Vaccination in Burma 1889-1999 - 1889-1999
Year: 1889
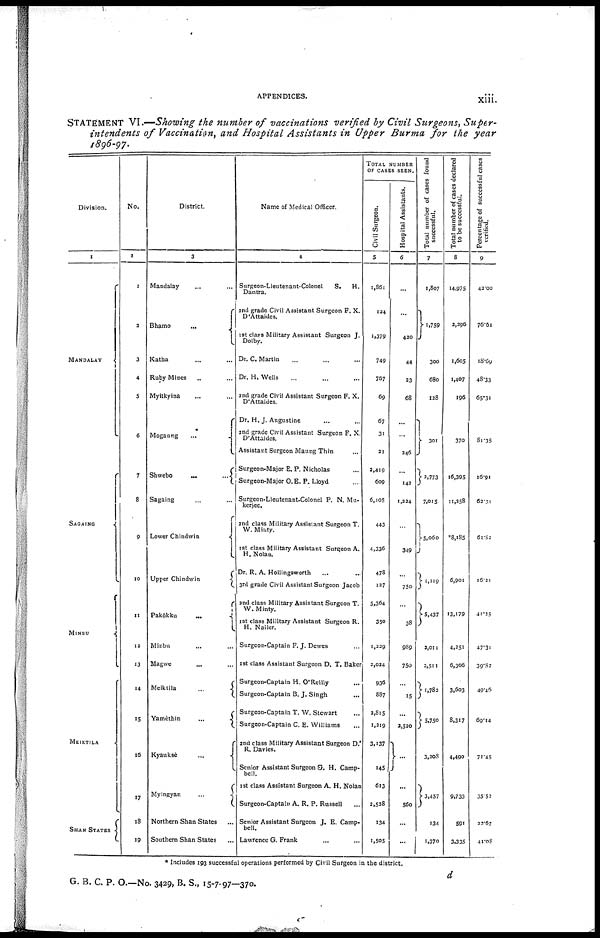
APPENDICES.
xiii.
STATEMENT VI.—Showing the number of vaccinations verified by Civil Surgeons, Super-
intendents of Vaccination, and Hospital Assistants in Upper Burma for the year
1896-97.
Division.
1
MANDALAY
SAGAINO
MIMBU
MEIKTILA
SHAN STATES
No.
2
1
3
3
4
5
6
7
8
9
10
11
12
13
14
15
16
17
18
19
District.
3
Mandalay ...
Bhamo
...
Katha ... ...
Ruby Mines ... ...
Myitkyina ... ...
Mogaung ...
Shwebo
...
...
Sagaing ... ...
Lower Chindwin
Upper Chindwin
Pakôkku
...
Minbu ... ...
Magwe ... ...
Meiktila
...
Yamèthin
...
Kyauksè
...
Myingyan
...
Northern Shan States ...
Southern Shan States ...
Name of Medical Officer.
4
Surgeon-Lieutenant-Colonel
S.
H.
Dantra.
and grade Civil Assistant Surgeon F. X.
D'Attaides.
1st class Military Assistant Surgeon J.
Dolby.
Dr. C. Martin ... ... ...
Dr. H.Wells
... ... ...
and grade Civil Assistant Surgeon F. X.
D'Attaides.
Dr. H.J. Augustine ... ...
and grade Civil Assistant Surgeon F. X.
D'Attaides.
Assistant Surgeon Maung Thin ...
Surgeon-Major E. P. Nicholas ...
Surgeon-Major O. E. P. Lloyd ...
Surgeon-Lieutenant-Colonel P. N. Mu-
kerjee.
and class Military Assistant Surgeon T.
W. Minty.
1st class Military Assistant Surgeon A.
H. Nolan.
Dr. R. A. Hollingsworth ... ...
3rd grade Civil Assistant Surgeon Jacob
and class Military Assistant Surgeon T.
W. Minty.
1st class Military Assistant Surgeon R.
H. Nailer.
Surgeon-Captain F. J. Dewes
1st class Assistant Surgeon D. T. Baker
Surgeon-Captain H. O'Reilly ...
Surgeon-Captain B. J. Singh ...
Surgeon-Captain T. W. Stewart
Surgeon-Captain C. E. Williams
and class Military Assistant Surgeon D.
R. Davies.
Senior Assistant Surgeon G. H. Camp-
bell.
1st class Assistant Surgeon A. H. Nolan
Surgeon-Captain A. R. P. Russell
Senior Assistant Surgeon J. E. Camp-
bell.
Lawrence G. Frank ... ...
TOTAL NUMBER
OF CASES SEEN.
Civil Surgeon.
5
1,86I
134
1,379
749
767
69
67
31
21
2,419
609
6,105
443
4,336
478
127
5,364
350
1,229
2,024
936
887
2,815
1,219
3,137
145
613
2,528
134
1,505
Hospital Assistants.
6
...
...
420
44
33
68
...
...
346
...
142
1,224
...
349
...
750
38
989
750
...
15
...
2,520
...
...
560
...
...
Total number of cases found
successful.
7
1,807
1,759
300
680
128
301
2,773
7,015
5,060
1,119
5,437
2,011
2,511
1,783
5,750
3,208
3,457
134
1,370
Total number of cases declared
to be successful.
8
14,975
2,296
1,605
1,407
196
370
16,395
11,358
*8,185
6,901
13,179
4,251
6,306
3,603
8,317
4,490
9.733
591
3,335
Percentage of successful cases
verified.
9
42.00
76.61
18.69
48.33
65.31
81.35
16.91
62.31
61.82
16.21
41.25
47.31
39.82
49.43
69.14
71.45
35.52
22.67
41.08
* Includes 193 successful operations performed by Civil Surgeon in the district.
d
G. B. C. P. O.—No. 3429, B. S., 15-7-97—370.